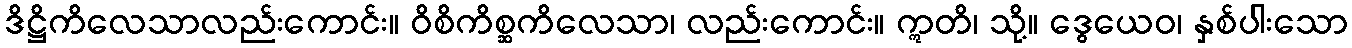
ဒိဋ္ဌိကိလေသာလည်းကောင်း။ ဝိစိကိစ္ဆကိလေသာ၊ လည်းကောင်း။ ဣတိ၊ သို့။ ဒွေယေဝ၊ နှစ်ပါးသော